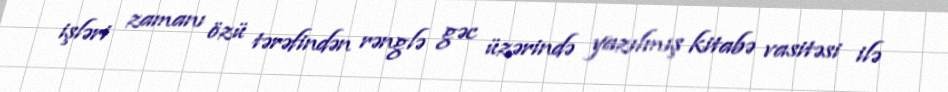
işləri zamanı özü tərəfindən rənglə gəc üzərində yazılmış kitabə vasitəsi ilə